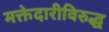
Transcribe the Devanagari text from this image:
मक्तेदारीविरुद्ध